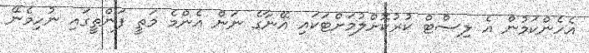
އެހެންކަމުން އެ ލިސްޓް ކުރުކޮށްލުމަށްޓަކައި އޭނާގެ ނަން އެންމެ މަތީ ފަންތީގައި ނުހިމެނޭ